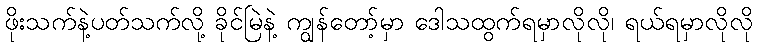
ဖိုးသက်နဲ့ပတ်သက်လို့ ခိုင်မြဲနဲ့ ကျွန်တော့်မှာ ဒေါသထွက်ရမှာလိုလို၊ ရယ်ရမှာလိုလို